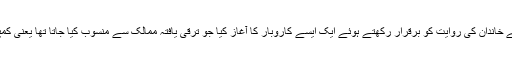
1968 میں انھوں نے اپنے خاندان کی روایت کو برقرار رکھتے ہوئے ایک ایسے کاروبار کا آغاز کیا جو ترقی یافتہ ممالک سے منسوب کیا جاتا تھا یعنی کمپیوٹر سے متعلقہ کاروبار۔